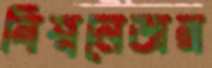
বিশ্বনেতার